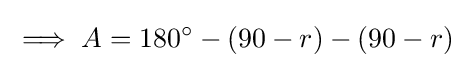
\implies A=180^{\circ }-(90-r)-(90-r)